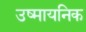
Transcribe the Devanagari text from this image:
उष्मायनिक